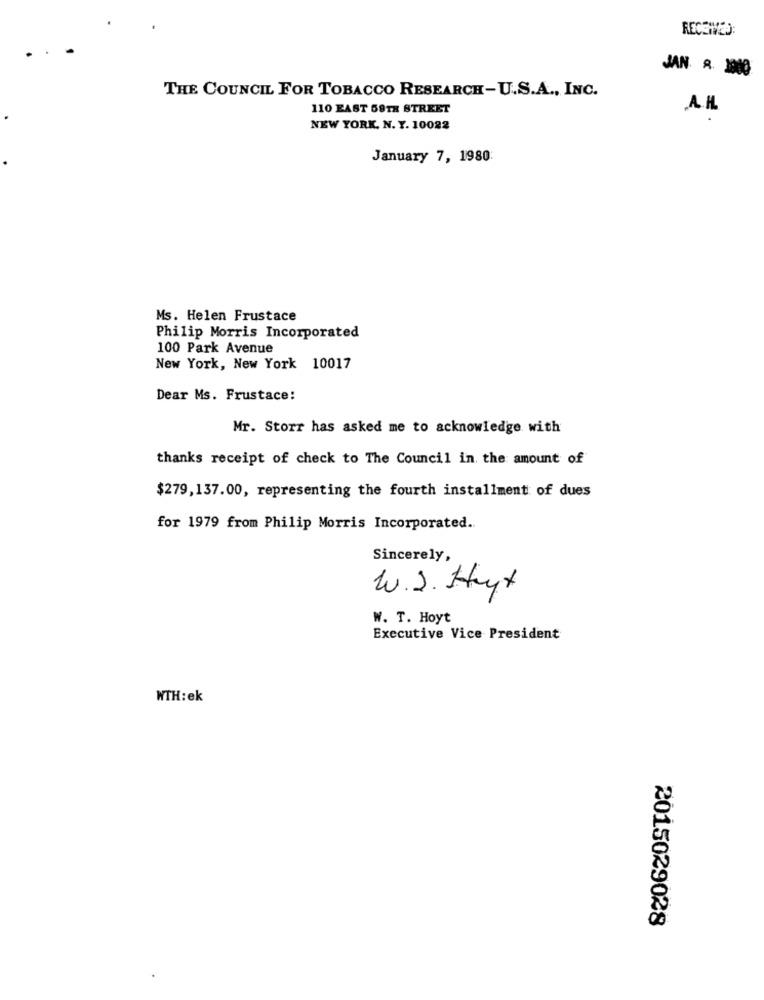
RECEIVED:
JAN. R. 1900
THE COUNCIL FOR TOBACCO RESEARCH-U.S.A ., INC.
110 EAST 59TH STREET
AM
NEW YORK, N. Y. 10022
January 7, 1980
Ms. Helen Frustace
Philip Morris Incorporated
100 Park Avenue
New York, New York 10017
Dear Ms. Frustace:
Mr. Storr has asked me to acknowledge with
thanks receipt of check to The Council in the amount of
$279,137.00, representing the fourth installment of dues
for 1979 from Philip Morris Incorporated ..
Sincerely,
W.S. Hyt
W. T. Hoyt
Executive Vice President
WTH:ek
2015029028